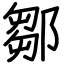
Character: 鄒